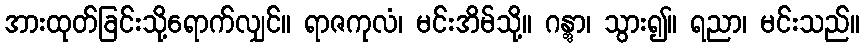
အားထုတ်ခြင်းသို့ရောက်လျှင်။ ရာဇကုလံ၊ မင်းအိမ်သို့။ ဂန္တွာ၊ သွား၍။ ရညာ၊ မင်းသည်။